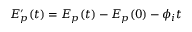
E _ { p } ^ { \prime } ( t ) = E _ { p } ( t ) - E _ { p } ( 0 ) - \phi _ { i } t